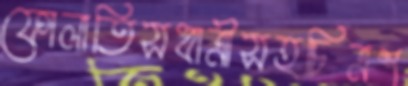
ফোলাতিসধাত্রীসহচিত্রশ